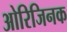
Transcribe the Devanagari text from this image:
ओरिजिनक